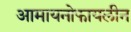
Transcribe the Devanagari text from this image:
आमायनोफायलीन